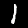
Digit: 1